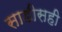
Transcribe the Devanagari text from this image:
साडीसही